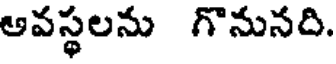
ఆవస్థలను గొనునది.